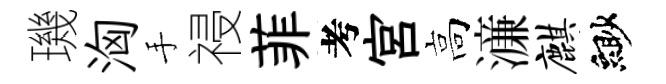
璣洶手祲菲考宫高濓麒緲